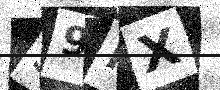
Text: S9MX